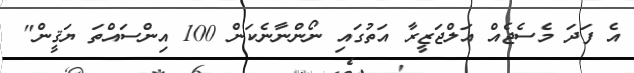
އެ ފަދަ މެސެޖެއް އަލްޖަޒީރާ އަތުގައި ނޯންނާނެކަން 100 އިންސައްތަ ޔަޤީން"